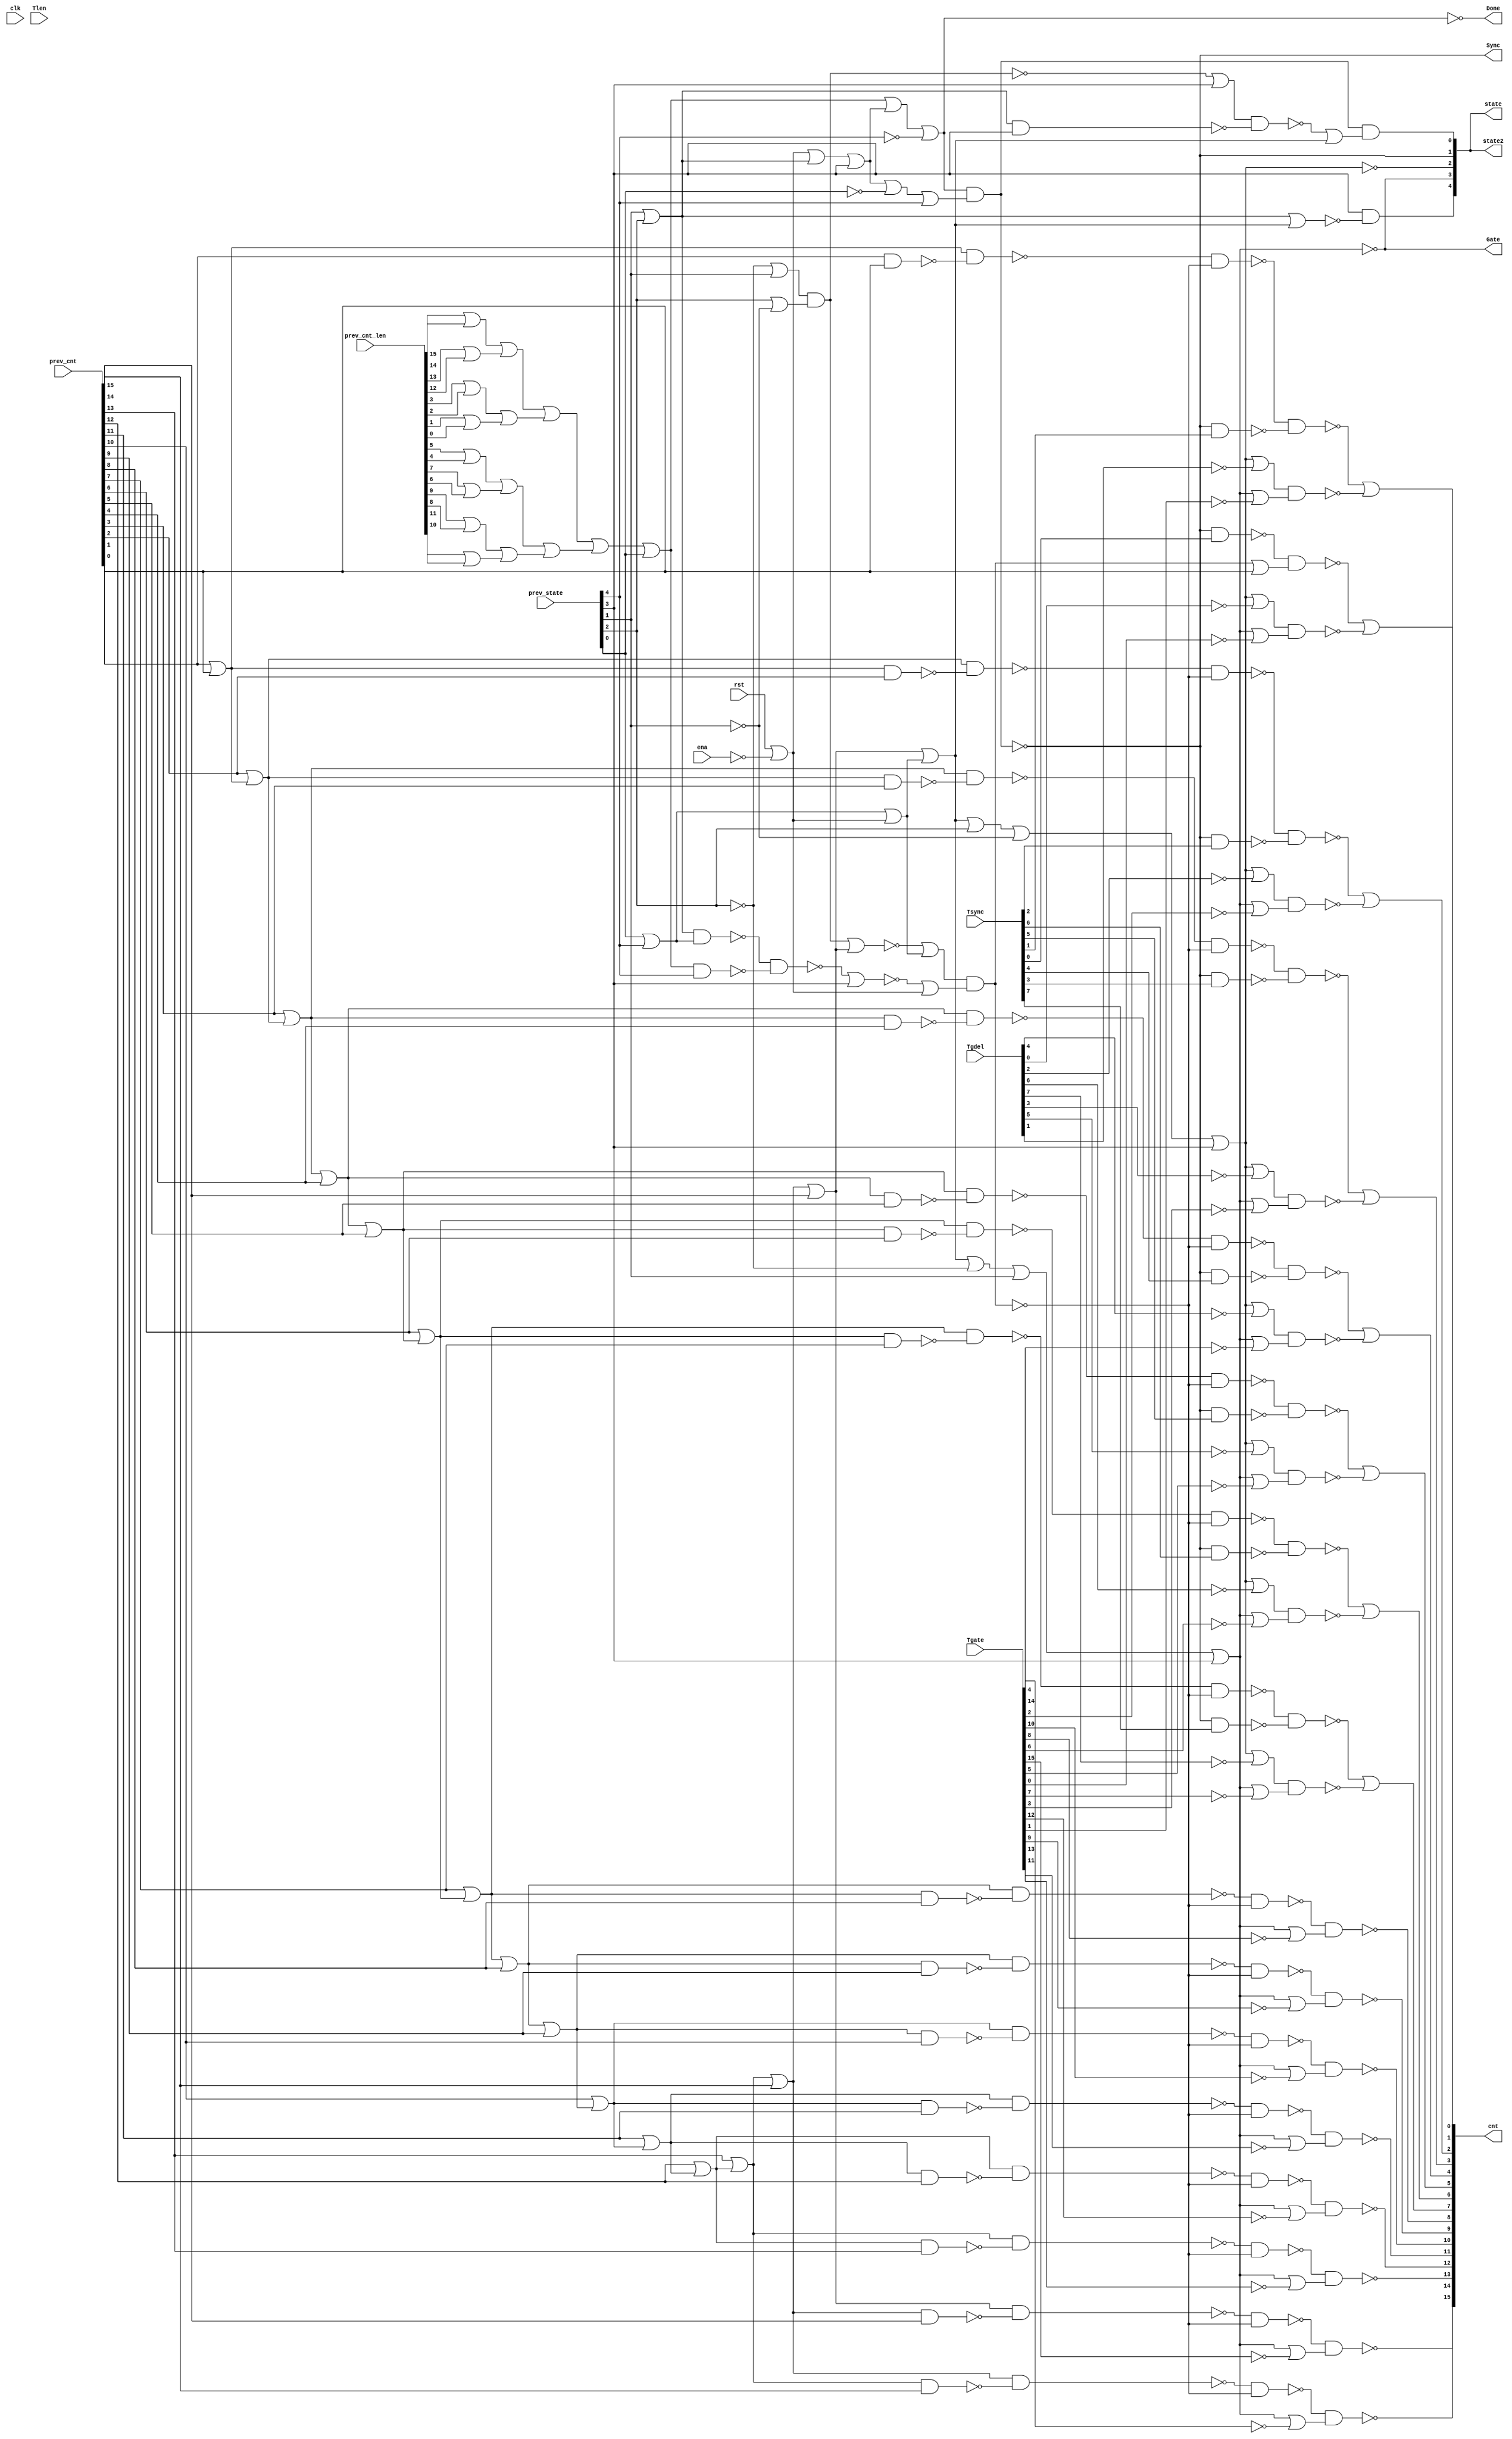

// Generated by Cadence Genus(TM) Synthesis Solution 19.20-d227_1
// Generated on: Aug  3 2021 19:30:52 PDT (Aug  4 2021 02:30:52 UTC)

// Verification Directory fv/top 

module top(clk, ena, rst, Tsync, Tgdel, Tgate, Tlen, Sync, Gate, Done,
     prev_state, prev_cnt, prev_cnt_len, cnt, state, state2);
  input clk, ena, rst;
  input [7:0] Tsync, Tgdel;
  input [15:0] Tgate, Tlen, prev_cnt, prev_cnt_len;
  input [4:0] prev_state;
  output Sync, Gate, Done;
  output [15:0] cnt;
  output [4:0] state, state2;
  wire clk, ena, rst;
  wire [7:0] Tsync, Tgdel;
  wire [15:0] Tgate, Tlen, prev_cnt, prev_cnt_len;
  wire [4:0] prev_state;
  wire Sync, Gate, Done;
  wire [15:0] cnt;
  wire [4:0] state, state2;
  wire n_68, n_356, n_357, n_376, n_1016, n_1288, n_1289, n_1292;
  wire n_1302, n_1303, n_1314, n_1317, n_1318, n_1319, n_1320, n_1321;
  wire n_1323, n_1324, n_1325, n_1326, n_1327, n_1328, n_1329, n_1330;
  wire n_1331, n_1334, n_1335, n_1338, n_1339, n_1340, n_1341, n_1342;
  wire n_1343, n_1344, n_1345, n_1346, n_1347, n_1348, n_1349, n_1350;
  wire n_1351, n_1352, n_1353, n_1354, n_1355, n_1386, n_1387, n_1388;
  wire n_1389, n_1390, n_1391, n_1392, n_1393, n_1394, n_1395, n_1396;
  wire n_1397, n_1398, n_1399, n_1400, n_1403, n_1410, n_1411, n_1412;
  wire n_1415, n_1418, n_1421, n_1424, n_1429, n_1430, n_1433, n_1436;
  wire n_1439, n_1442, n_1445, n_1448, n_1451, n_1454, n_1457, n_1460;
  wire n_1463, n_1466, n_1473, n_1474, n_1475, n_1478, n_1483, n_1484;
  wire n_1489, n_1490, n_1495, n_1496, n_1509, n_1510, n_1511, n_1512;
  wire n_1513, n_1514, n_1519, n_1520, n_1525, n_1526, n_1531, n_1532;
  wire n_1537, n_1538, n_1543, n_1544, n_1549, n_1550, n_1555, n_1556;
  wire n_1561, n_1562, n_1575, n_1576, n_1577, n_1578, n_1579, n_1580;
  wire n_1593, n_1594, n_1595, n_1596, n_1597, n_1598, n_1611, n_1612;
  wire n_1613, n_1614, n_1615, n_1616, n_1629, n_1630, n_1631, n_1632;
  wire n_1633, n_1634, n_1647, n_1648, n_1649, n_1650, n_1651, n_1652;
  wire n_1665, n_1666, n_1667, n_1668, n_1669, n_1670, n_1683, n_1684;
  wire n_1685, n_1686, n_1687, n_1688, n_1730, n_1731;
  assign state2[0] = state[0];
  assign state2[1] = Sync;
  assign state2[2] = state[2];
  assign state2[3] = Gate;
  assign state2[4] = state[4];
  assign state[1] = Sync;
  assign state[3] = Gate;
  or g1620 (n_1289, prev_state[1], prev_state[2]);
  or g1682 (n_1288, rst, wc);
  not gc (wc, ena);
  or g2034 (n_1317, n_1303, prev_cnt[9]);
  or g2046 (n_1318, prev_cnt[10], n_1317);
  or g2056 (n_1319, prev_cnt[1], prev_cnt[0]);
  or g2064 (n_1320, prev_cnt[11], n_1318);
  or g2072 (n_1321, n_1302, prev_cnt[5]);
  or g2087 (n_1323, prev_cnt[6], n_1321);
  or g2093 (n_1324, prev_cnt[12], n_1320);
  or g2099 (n_1325, prev_cnt[2], n_1319);
  or g2105 (n_1326, n_1292, prev_cnt[15]);
  or g2118 (n_1328, prev_cnt[3], n_1325);
  or g2119 (n_1302, n_1328, prev_cnt[4]);
  or g2122 (n_1329, n_1326, n_1327);
  or g2127 (n_1330, prev_cnt[7], n_1323);
  or g2128 (n_1303, n_1330, prev_cnt[8]);
  or g2131 (n_1331, prev_cnt[13], n_1324);
  or g2132 (n_1292, n_1331, prev_cnt[14]);
  or g2178 (n_1335, prev_state[0], prev_state[4]);
  or g2179 (n_1327, n_1335, n_1288);
  or g2227 (n_1355, wc0, n_1326);
  not gc0 (wc0, n_68);
  or g2428 (cnt[2], n_1633, n_1634);
  or g2429 (cnt[1], n_1579, n_1580);
  or g2430 (cnt[6], n_1615, n_1616);
  or g2431 (cnt[0], n_1513, n_1514);
  or g2432 (cnt[7], n_1687, n_1688);
  or g2433 (cnt[5], n_1597, n_1598);
  or g2434 (cnt[4], n_1651, n_1652);
  or g2435 (cnt[3], n_1669, n_1670);
  nand g2436 (n_1652, n_1649, n_1650);
  nand g2437 (cnt[9], n_1519, n_1520);
  nand g2438 (cnt[10], n_1525, n_1526);
  nand g2439 (cnt[11], n_1531, n_1532);
  nand g2440 (n_1688, n_1685, n_1686);
  nand g2441 (cnt[12], n_1537, n_1538);
  nand g2442 (cnt[15], n_1543, n_1544);
  nand g2443 (cnt[8], n_1549, n_1550);
  nand g2444 (cnt[14], n_1555, n_1556);
  nand g2445 (cnt[13], n_1561, n_1562);
  nand g2446 (n_1670, n_1667, n_1668);
  nand g2447 (n_1580, n_1577, n_1578);
  nand g2448 (n_1598, n_1595, n_1596);
  nand g2449 (n_1616, n_1613, n_1614);
  nand g2450 (n_1634, n_1631, n_1632);
  nand g2451 (n_1514, n_1511, n_1512);
  nand g2452 (n_1651, n_1647, n_1648);
  or g2453 (n_1650, n_356, wc1);
  not gc1 (wc1, Tgate[4]);
  or g2454 (n_1649, n_376, wc2);
  not gc2 (wc2, Tgdel[4]);
  or g2455 (n_1511, n_376, wc3);
  not gc3 (wc3, Tgdel[0]);
  or g2456 (n_1556, n_356, wc4);
  not gc4 (wc4, Tgate[14]);
  nand g2457 (n_1579, n_1575, n_1576);
  nand g2458 (n_1633, n_1629, n_1630);
  or g2459 (n_1632, n_356, wc5);
  not gc5 (wc5, Tgate[2]);
  or g2460 (n_1631, n_376, wc6);
  not gc6 (wc6, Tgdel[2]);
  or g2461 (n_1526, n_356, wc7);
  not gc7 (wc7, Tgate[10]);
  or g2462 (n_1550, n_356, wc8);
  not gc8 (wc8, Tgate[8]);
  nand g2463 (n_1513, n_1509, n_1510);
  nand g2464 (n_1615, n_1611, n_1612);
  or g2465 (n_1614, n_356, wc9);
  not gc9 (wc9, Tgate[6]);
  or g2466 (n_1613, n_376, wc10);
  not gc10 (wc10, Tgdel[6]);
  or g2467 (n_1685, n_376, wc11);
  not gc11 (wc11, Tgdel[7]);
  or g2468 (n_1544, n_356, wc12);
  not gc12 (wc12, Tgate[15]);
  or g2469 (n_1667, n_376, wc13);
  not gc13 (wc13, Tgdel[3]);
  nand g2470 (n_1597, n_1593, n_1594);
  or g2471 (n_1596, n_356, wc14);
  not gc14 (wc14, Tgate[5]);
  or g2472 (n_1595, n_376, wc15);
  not gc15 (wc15, Tgdel[5]);
  or g2473 (n_1512, n_356, wc16);
  not gc16 (wc16, Tgate[0]);
  or g2474 (n_1686, n_356, wc17);
  not gc17 (wc17, Tgate[7]);
  or g2475 (n_1668, n_356, wc18);
  not gc18 (wc18, Tgate[3]);
  or g2476 (n_1538, n_356, wc19);
  not gc19 (wc19, Tgate[12]);
  or g2477 (n_1578, n_356, wc20);
  not gc20 (wc20, Tgate[1]);
  or g2478 (n_1577, n_376, wc21);
  not gc21 (wc21, Tgdel[1]);
  or g2479 (n_1520, n_356, wc22);
  not gc22 (wc22, Tgate[9]);
  nand g2480 (n_1687, n_1683, n_1684);
  nand g2481 (n_1669, n_1665, n_1666);
  or g2482 (n_1562, n_356, wc23);
  not gc23 (wc23, Tgate[13]);
  or g2483 (n_1532, n_356, wc24);
  not gc24 (wc24, Tgate[11]);
  nand g2484 (n_1531, n_1340, n_1016);
  nand g2485 (n_1525, n_1339, n_1016);
  nand g2486 (n_1537, n_1341, n_1016);
  nand g2487 (n_1647, n_1350, n_1016);
  nand g2488 (n_1665, n_1351, n_1016);
  nand g2489 (n_1543, n_1342, n_1016);
  nand g2490 (n_1629, n_1349, n_1016);
  or g2491 (n_356, n_1496, prev_state[3]);
  not g2492 (Gate, n_356);
  nand g2493 (n_1555, n_1344, n_1016);
  nand g2494 (n_1611, n_1348, n_1016);
  nand g2495 (n_1519, n_1338, n_1016);
  nand g2496 (n_1593, n_1347, n_1016);
  or g2497 (n_376, n_1484, prev_state[3]);
  not g2498 (state[2], n_376);
  nand g2499 (n_1549, n_1343, n_1016);
  nand g2500 (n_1575, n_1346, n_1016);
  nand g2501 (n_1561, n_1345, n_1016);
  nand g2502 (n_1683, n_1352, n_1016);
  or g2503 (n_1510, wc25, prev_cnt[0]);
  not gc25 (wc25, n_1016);
  or g2508 (n_1496, n_1495, prev_state[1]);
  nand g2509 (n_1016, n_1489, n_1490);
  or g2510 (n_1484, n_1483, wc26);
  not gc26 (wc26, prev_state[1]);
  or g2511 (n_1495, n_1329, wc27);
  not gc27 (wc27, prev_state[2]);
  or g2512 (n_1353, n_1475, n_1329);
  or g2513 (n_1489, wc28, n_1327);
  not gc28 (wc28, n_1355);
  or g2514 (n_1478, n_1289, n_1329);
  or g2515 (n_1483, n_1329, prev_state[2]);
  nand g2516 (n_1342, n_1326, n_1466);
  nand g2517 (n_1466, n_1292, prev_cnt[15]);
  nand g2518 (n_1344, n_1292, n_1463);
  nand g2519 (n_1463, n_1331, prev_cnt[14]);
  nand g2520 (n_1345, n_1331, n_1460);
  nand g2521 (n_1460, n_1324, prev_cnt[13]);
  nand g2522 (n_1341, n_1324, n_1457);
  nand g2523 (n_1340, n_1320, n_1454);
  nand g2524 (n_1457, n_1320, prev_cnt[12]);
  nand g2525 (n_1454, n_1318, prev_cnt[11]);
  nand g2526 (n_1339, n_1318, n_1451);
  nand g2527 (n_1451, n_1317, prev_cnt[10]);
  nand g2528 (n_1338, n_1317, n_1448);
  nand g2529 (n_1630, Sync, Tsync[2]);
  nand g2530 (n_1612, Sync, Tsync[6]);
  nand g2531 (n_1594, Sync, Tsync[5]);
  nand g2532 (n_1576, Sync, Tsync[1]);
  nand g2533 (n_1509, Sync, Tsync[0]);
  or g2534 (n_1490, wc29, n_1288);
  not gc29 (wc29, n_1354);
  nand g2535 (n_1448, n_1303, prev_cnt[9]);
  nand g2536 (n_1343, n_1303, n_1445);
  nand g2537 (n_1648, Sync, Tsync[4]);
  nand g2538 (n_1666, Sync, Tsync[3]);
  nand g2539 (n_1684, Sync, Tsync[7]);
  nand g2540 (Sync, n_357, n_1430);
  nand g2541 (n_1445, n_1330, prev_cnt[8]);
  nand g2542 (n_1352, n_1330, n_1442);
  or g2543 (n_1354, n_1412, prev_state[3]);
  nand g2544 (n_1412, n_1410, n_1411);
  nand g2545 (n_1442, n_1323, prev_cnt[7]);
  or g2546 (n_357, n_1421, wc30);
  not gc30 (wc30, prev_state[4]);
  not g2547 (Done, n_357);
  nand g2548 (n_1348, n_1323, n_1439);
  or g2549 (n_1421, n_1314, n_1334);
  nand g2550 (n_1347, n_1321, n_1436);
  nand g2551 (n_1439, n_1321, prev_cnt[6]);
  nand g2552 (n_1411, n_1314, prev_state[4]);
  or g2553 (n_1314, n_1400, prev_state[0]);
  or g2554 (n_1430, n_1429, prev_state[4]);
  nand g2555 (n_1350, n_1302, n_1433);
  nand g2556 (n_1436, n_1302, prev_cnt[5]);
  or g2557 (n_1429, n_1334, wc31);
  not gc31 (wc31, prev_state[0]);
  or g2558 (n_1400, n_1398, n_1399);
  nand g2559 (n_1433, n_1328, prev_cnt[4]);
  nand g2560 (n_1351, n_1328, n_1424);
  or g2561 (n_1399, n_1396, n_1397);
  or g2562 (n_1334, n_1415, prev_state[3]);
  nand g2563 (n_1475, n_1473, n_1474);
  or g2564 (n_1398, n_1394, n_1395);
  nand g2565 (n_1424, n_1325, prev_cnt[3]);
  nand g2566 (n_1349, n_1325, n_1418);
  or g2567 (n_1395, n_1388, n_1389);
  or g2568 (n_1394, n_1386, n_1387);
  or g2569 (n_1396, n_1390, n_1391);
  or g2570 (n_1397, n_1392, n_1393);
  or g2571 (n_1415, n_1288, n_1289);
  nand g2572 (n_1474, n_1289, prev_state[3]);
  or g2573 (n_1473, n_68, prev_state[3]);
  nand g2574 (n_1410, n_1289, n_1335);
  nand g2575 (n_1418, n_1319, prev_cnt[2]);
  nand g2576 (n_1346, n_1319, n_1403);
  or g2577 (n_1386, prev_cnt_len[15], prev_cnt_len[14]);
  or g2578 (n_1387, prev_cnt_len[13], prev_cnt_len[12]);
  or g2579 (n_1388, prev_cnt_len[3], prev_cnt_len[2]);
  or g2580 (n_1389, prev_cnt_len[1], prev_cnt_len[0]);
  or g2581 (n_1390, prev_cnt_len[5], prev_cnt_len[4]);
  or g2582 (n_1391, prev_cnt_len[7], prev_cnt_len[6]);
  or g2583 (n_1392, prev_cnt_len[9], prev_cnt_len[8]);
  or g2584 (n_1393, prev_cnt_len[11], prev_cnt_len[10]);
  nand g2585 (n_1403, prev_cnt[1], prev_cnt[0]);
  or g2586 (n_1730, wc32, prev_state[1]);
  not gc32 (wc32, prev_state[2]);
  or g2587 (n_1731, prev_state[2], wc33);
  not gc33 (wc33, prev_state[1]);
  nand g2588 (n_68, n_1730, n_1731);
  and g2589 (state[0], wc34, n_1353);
  not gc34 (wc34, Sync);
  and g2590 (state[4], prev_state[3], wc35);
  not gc35 (wc35, n_1478);
endmodule